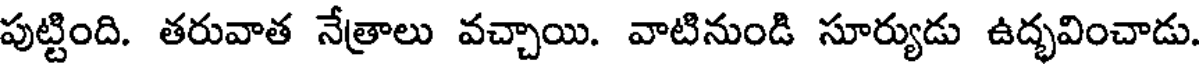
పుట్టింది. తరువాత నేత్రాలు వచ్చాయి. వాటినుండి సూర్యుడు ఉద్భవించాడు.